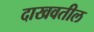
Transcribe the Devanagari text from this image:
दाखवतील